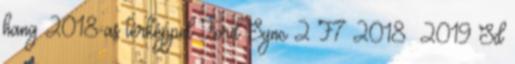
hang 2018-as térképpel Ford Sync 2 F7 2018 2019 Sd